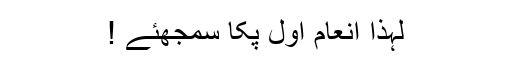
لہذا انعام اول پکا سمجھئے !